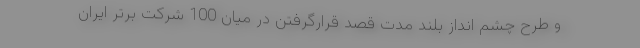
و طرح چشم انداز بلند مدت قصد قرارگرفتن در میان 100 شرکت برتر ایران